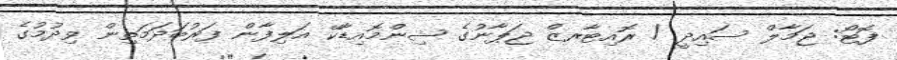
ފޮޓޯ: ޖަމާލް ސައިދީ / ރޮއިޓާރޒް ޖަޕާނުގެ ޝިންމޮއިޑާކޭ އަލިފާން ފަރުބަދަމަތިން ވިދުމުގެ